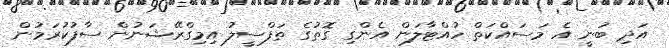
އަދި ބުނީ އެ މަސައްކަތް ހުއްޓާލަން އެންގި ގޮތުގެ ތަފްސީލު އިމިގްރޭޝަނުން ސާފުކުރަމުން